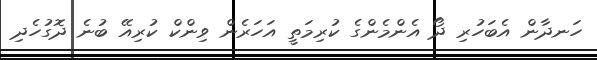
ހަނދާން އެބަހުރި ދޯ އެންމެންގެ ކުރިމަތީ އަހަރެން ވިންކް ކުރިއޭ ބުނެ ދޮގުހެދި